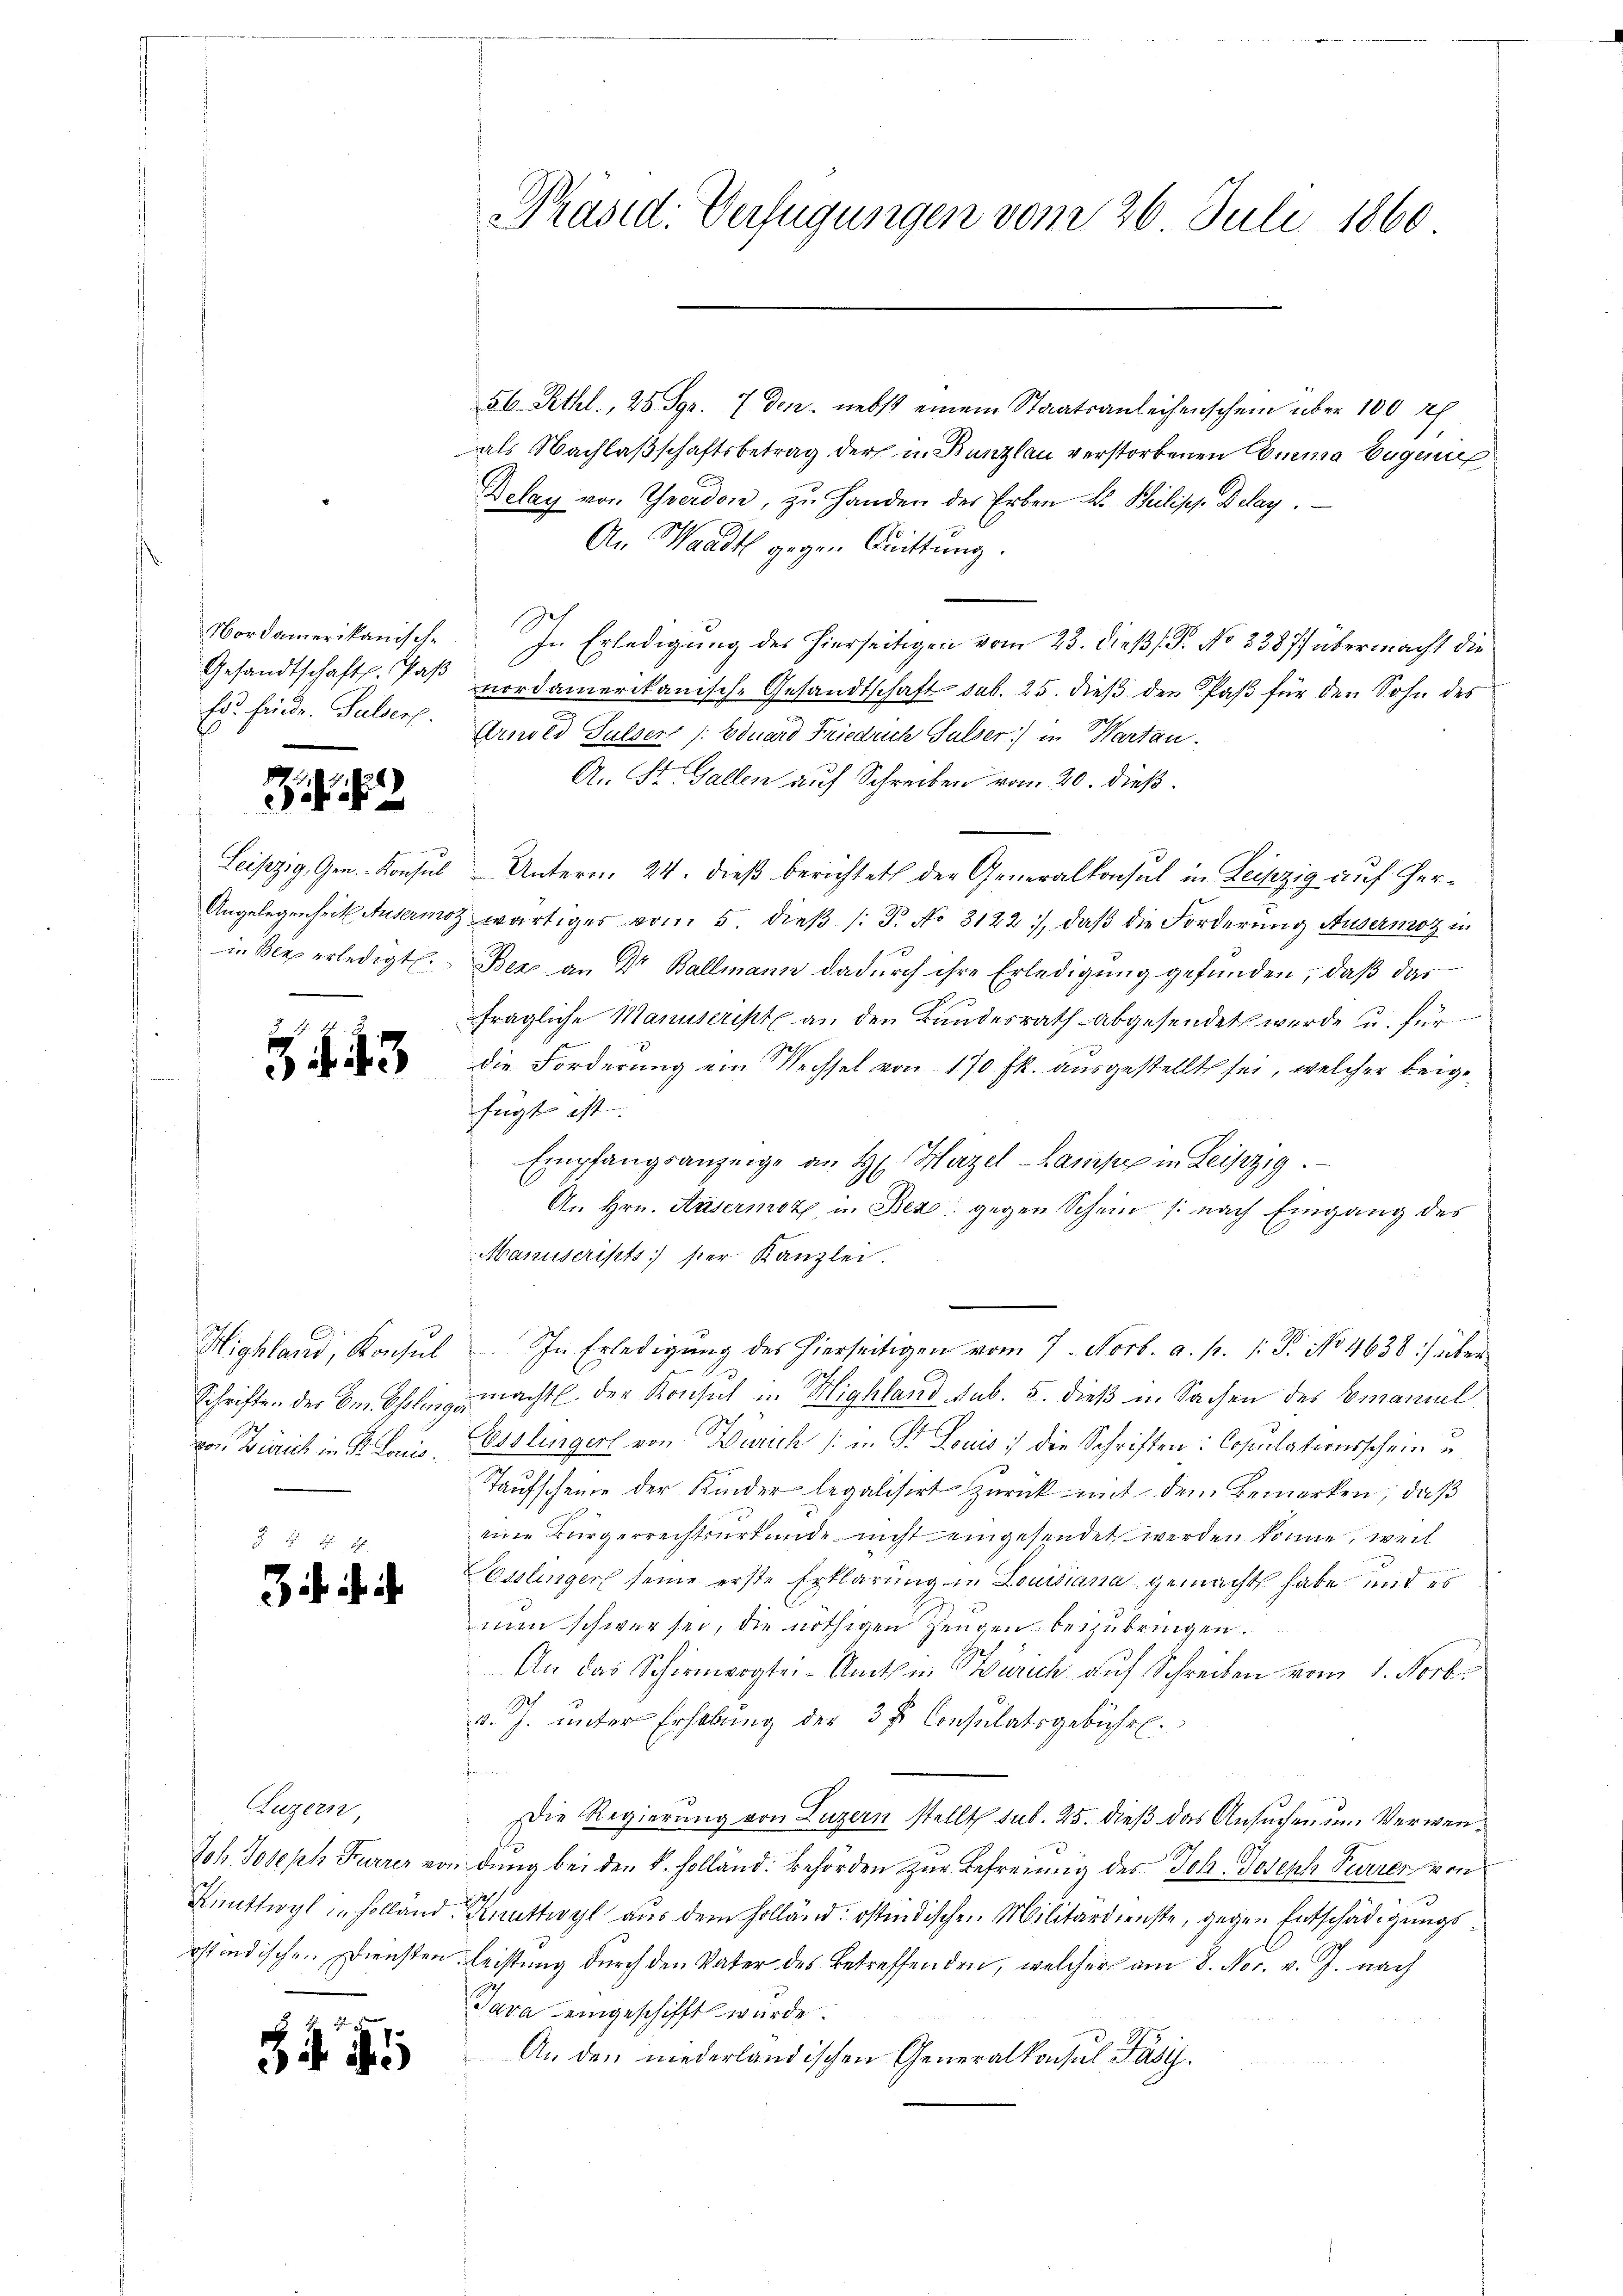
Präsid. Verfügungen vom 26. Juli 1860

56. Rthl., 28 Sgr. 7 den nebst einem Staatsanleihenschein über 100 r
dals Nachlaßschaftsbetrag der in Bunzlau verstorbenen Emma Eugen
Delay von Yverdon, zu Hander des Erben L. Brilisch Delay.
An Waadt gegen Quittung.
Nordamerikanische. In Erledigŭng des hierseitigen vom 23. dieβ. P. No 3387) übermacht die
nordamerikanisch-Gesandtschaft sub. 25. dieß den Paß für den Sohn des
Hr. Eindr. Sulserl. Anwei Salsers /: Eduard Friedrich Sulser) in Warten.
A. St. Gallen auf Schreiben vom 20. dieß.
Leipzig, Gen. Konsul Unterm 24. dieß berichtet der Generalkonsul in Leipzig auf Her¬
Angelegenheit Ausermoz wärtiges vom 5. dieβ (: T. No 3122), daβ die Forderung Ausermoz in
in Berg erledigt. Bex an Dr Ballmann dadurch ihre Erledigung gefunden, daß das
fragliche Manuscripte an den Bundesrath abgesendet werde u. für
die Forderung ein Wechsel von 170 fl. ausgestellt sei, welcher beigefügt ist. |
Empfangsanzeige an H. Harzel - Campe in Leipzig.
An Hrn. Ausermotz, in Bez. gegen Schein /: nach Eingang des
Manuscripts ser Kanzlei.
Highland, Konsul. In Erledigung des hierseitigen vom 7. Novb. a. p. 1. P. No 4638 :/ über
macht der Konsul in Highland sub. 5. dieß in Sachen des Emanuel
e
von Zürich in Dr. Louis Esslingers von Zürich (: in St. Louis :/ die Schriften: Copulationsschein u
Taufscheine der Kinder legalisirt zurück mit dem Bemerken, daß
eine Bürgerrechtsurkunde nicht eingesendet werden könne, weil
Sasslinger seine erste Erklärung in Louisiana gemacht habe mit es
man schwer sei, die nöthigen Zeugen beizubringen.
An das Schirmwogtei- Amts in Zürich auf Schreiben vom 1. Novbr.
e
v. J. unter Erhebung der 3 f. Consulatsgebühr.
n
Die Regierung von Luzern stellt sub. 25. dieß das Ansuchen um Verwen¬
Joh Joseph Furrer von dung bei den k. Holländ. Behörden zur Befreiung des Joh. Joseph Parrer von
Künttwyl in Holland. Knuttwyl aus dem Holländ: ostindischen Militärdienste, gegen Entschädigungs
ostindischen Diensten Leistung durch den Vater des Betreffenden, welcher am 8. Nov. v. J. nach
Tara eingeschifft wurde.
An den niederländischen Generalkonsul Fäsi

Gesandtschaftl. Paß

43

Schriften der Em. Ohlinger

if. i

Luzern,

b